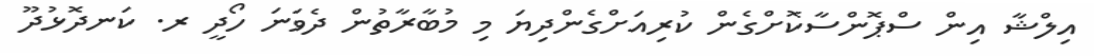
އިލްޝާ އިން ސްޕޮންސާކޮށްގެން ކުރިއަށްގެންދިޔަ މި މުބާރާތުން ދެވަނަ ހޯދީ ރ. ކަނދޮޅުދޫ